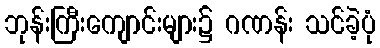
ဘုန်းကြီးကျောင်းများ၌ ဂဏန်း သင်ခဲ့ပုံ